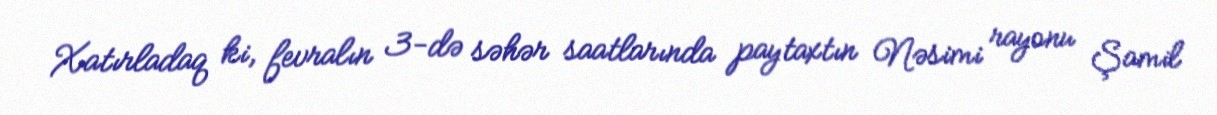
Xatırladaq ki, fevralın 3-də səhər saatlarında paytaxtın Nəsimi rayonu Şamil